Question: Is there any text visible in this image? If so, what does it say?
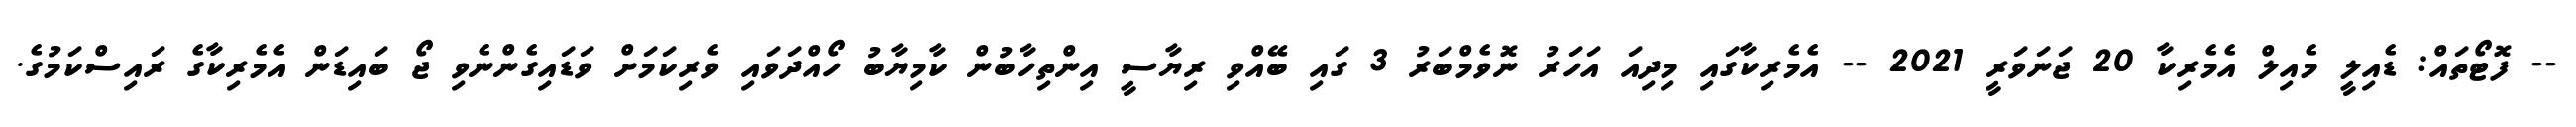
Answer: -- ފޮޓޯތައް: ޑެއިލީ މެއިލް އެމެރިކާ 20 ޖަނަވަރީ 2021 -- އެމެރިކާގައި މިދިއަ އަހަރު ނޮވެމްބަރު 3 ގައި ބޭއްވި ރިޔާސީ އިންތިހާބުން ކާމިޔާބު ހޯއްދަވައި ވެރިކަމަށް ވަޑައިގެންނެވި ޖޯ ބައިޑަން އެމެރިކާގެ ރައިސްކަމުގެ.